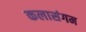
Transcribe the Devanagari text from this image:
कलासंगम